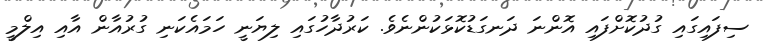
ސިފައިގައި ގުދުކޮށްފައި އޮންނަ ދަނގަޑުކޮޅަކުންނެވެ. ކަރުދާހުގައި ލިޔަނީ ހަމައެކަނި ގުރުއާން އާއި އިލްމީ